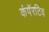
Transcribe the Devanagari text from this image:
कंपॅरटिव